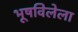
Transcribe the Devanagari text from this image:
भूषविलेला